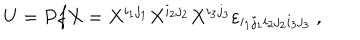
LaTeX: U = P f X = X ^ { i _ { 1 } j _ { 1 } } X ^ { i _ { 2 } j _ { 2 } } X ^ { i _ { 3 } j _ { 3 } } \varepsilon _ { i _ { 1 } j _ { 1 } i _ { 2 } j _ { 2 } i _ { 3 } j _ { 3 } } ~ ,